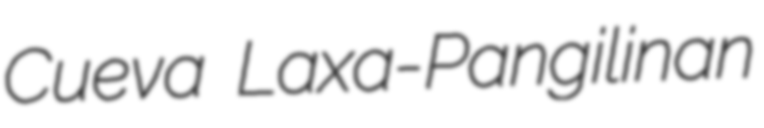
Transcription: Cueva Laxa-Pangilinan